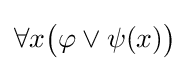
\forall x{\big (}\varphi \lor \psi (x){\big )}